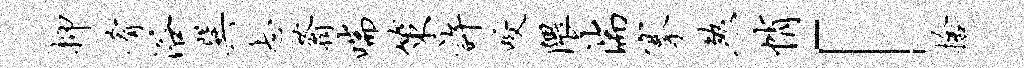
抑肴浴巽忐蓊喘策许咬隈湍搴煞悄「舍